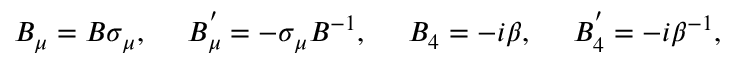
B _ { \mu } = B \sigma _ { \mu } , ~ ~ ~ ~ B _ { \mu } ^ { ' } = - \sigma _ { \mu } B ^ { - 1 } , ~ ~ ~ ~ B _ { 4 } = - i \beta , ~ ~ ~ ~ B _ { 4 } ^ { ' } = - i \beta ^ { - 1 } ,